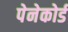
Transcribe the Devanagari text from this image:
पेनेकोर्ड